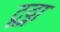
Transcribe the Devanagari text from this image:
टूट्ना